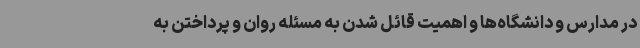
در مدارس و دانشگاه‌ها و اهمیت قائل شدن به مسئله روان و پرداختن به